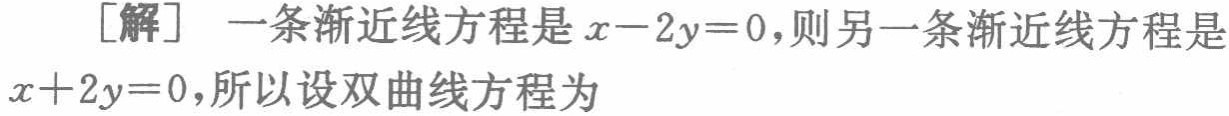
[解] 一条渐近线方程是\(x - 2y = 0\)，则另一条渐近线方程是\(x + 2y = 0\)，所以设双曲线方程为